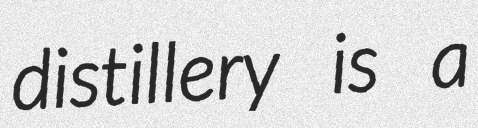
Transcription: distillery is a